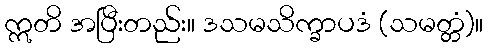
ဣတိ အပြီးတည်း။ ဒသမသိက္ခာပဒံ (သမတ္တံ)။